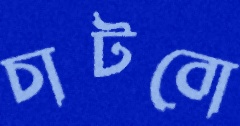
চাটবো